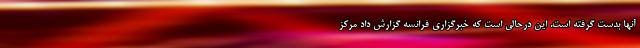
آنها بدست گرفته است. این درحالی است که خبرگزاری فرانسه گزارش داد مرکز